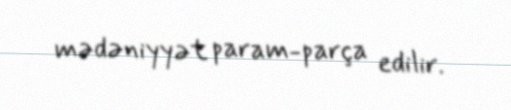
mədəniyyət param-parça edilir.